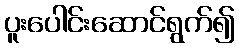
ပူးပေါင်းဆောင်ရွက်၍